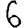
Digit: 6